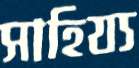
সাহিয্য